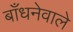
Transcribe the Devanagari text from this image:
बाँधनेवाले